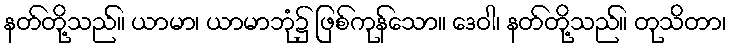
နတ်တို့သည်။ ယာမာ၊ ယာမာဘုံ၌ ဖြစ်ကုန်သော။ ဒေဝါ၊ နတ်တို့သည်။ တုသိတာ၊